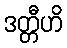
ဒတ္တီဟိ